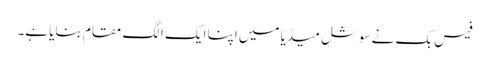
فیس بک نے سوشل میڈیا میں اپنا ایک الگ مقام بنایا ہے۔